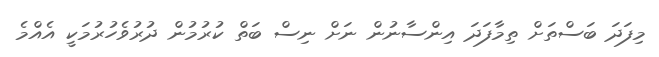
މިފަދަ ބަސްތަށް ތިމާފަދަ އިންސާނުން ނަށް ނިސް ބަތް ކުރުމުން ދުރުވެހުރުމަކީ އެއްމެ